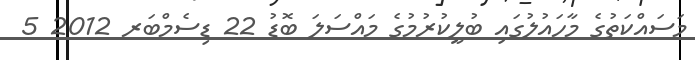
މަސައްކަތުގެ މާހައުލުގައި ބުލީކުރުމުގެ މައްސަލަ ބޮޑު 22 ޑިސެމްބަރ 2012 5